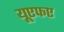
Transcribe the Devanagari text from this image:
यूएफए